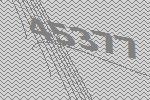
45377